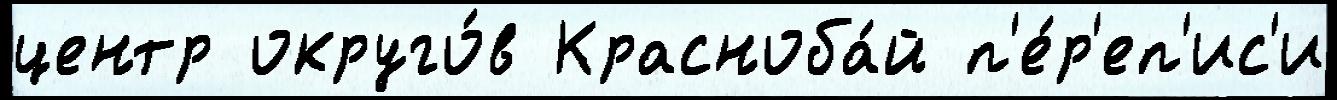
центр округо́в Красноба́й п'е́р'еп'ис'и